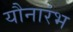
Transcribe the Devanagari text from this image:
यौनारंभ